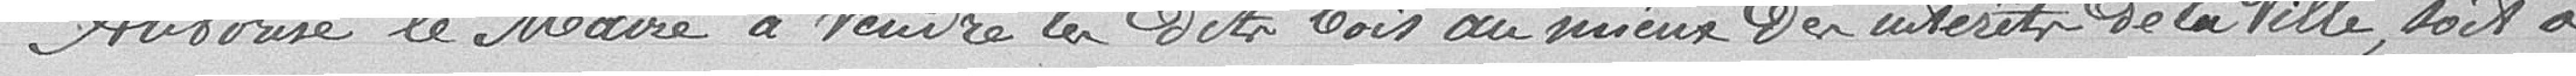
Autorise e Maire à vendre les dits bois aux mieux des intérêts de la Ville, soit à